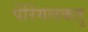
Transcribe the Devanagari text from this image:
पेरिंगलकतु